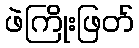
ဖဲကြိုးဖြတ်